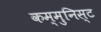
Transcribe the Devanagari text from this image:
कम्मुनिस्ट